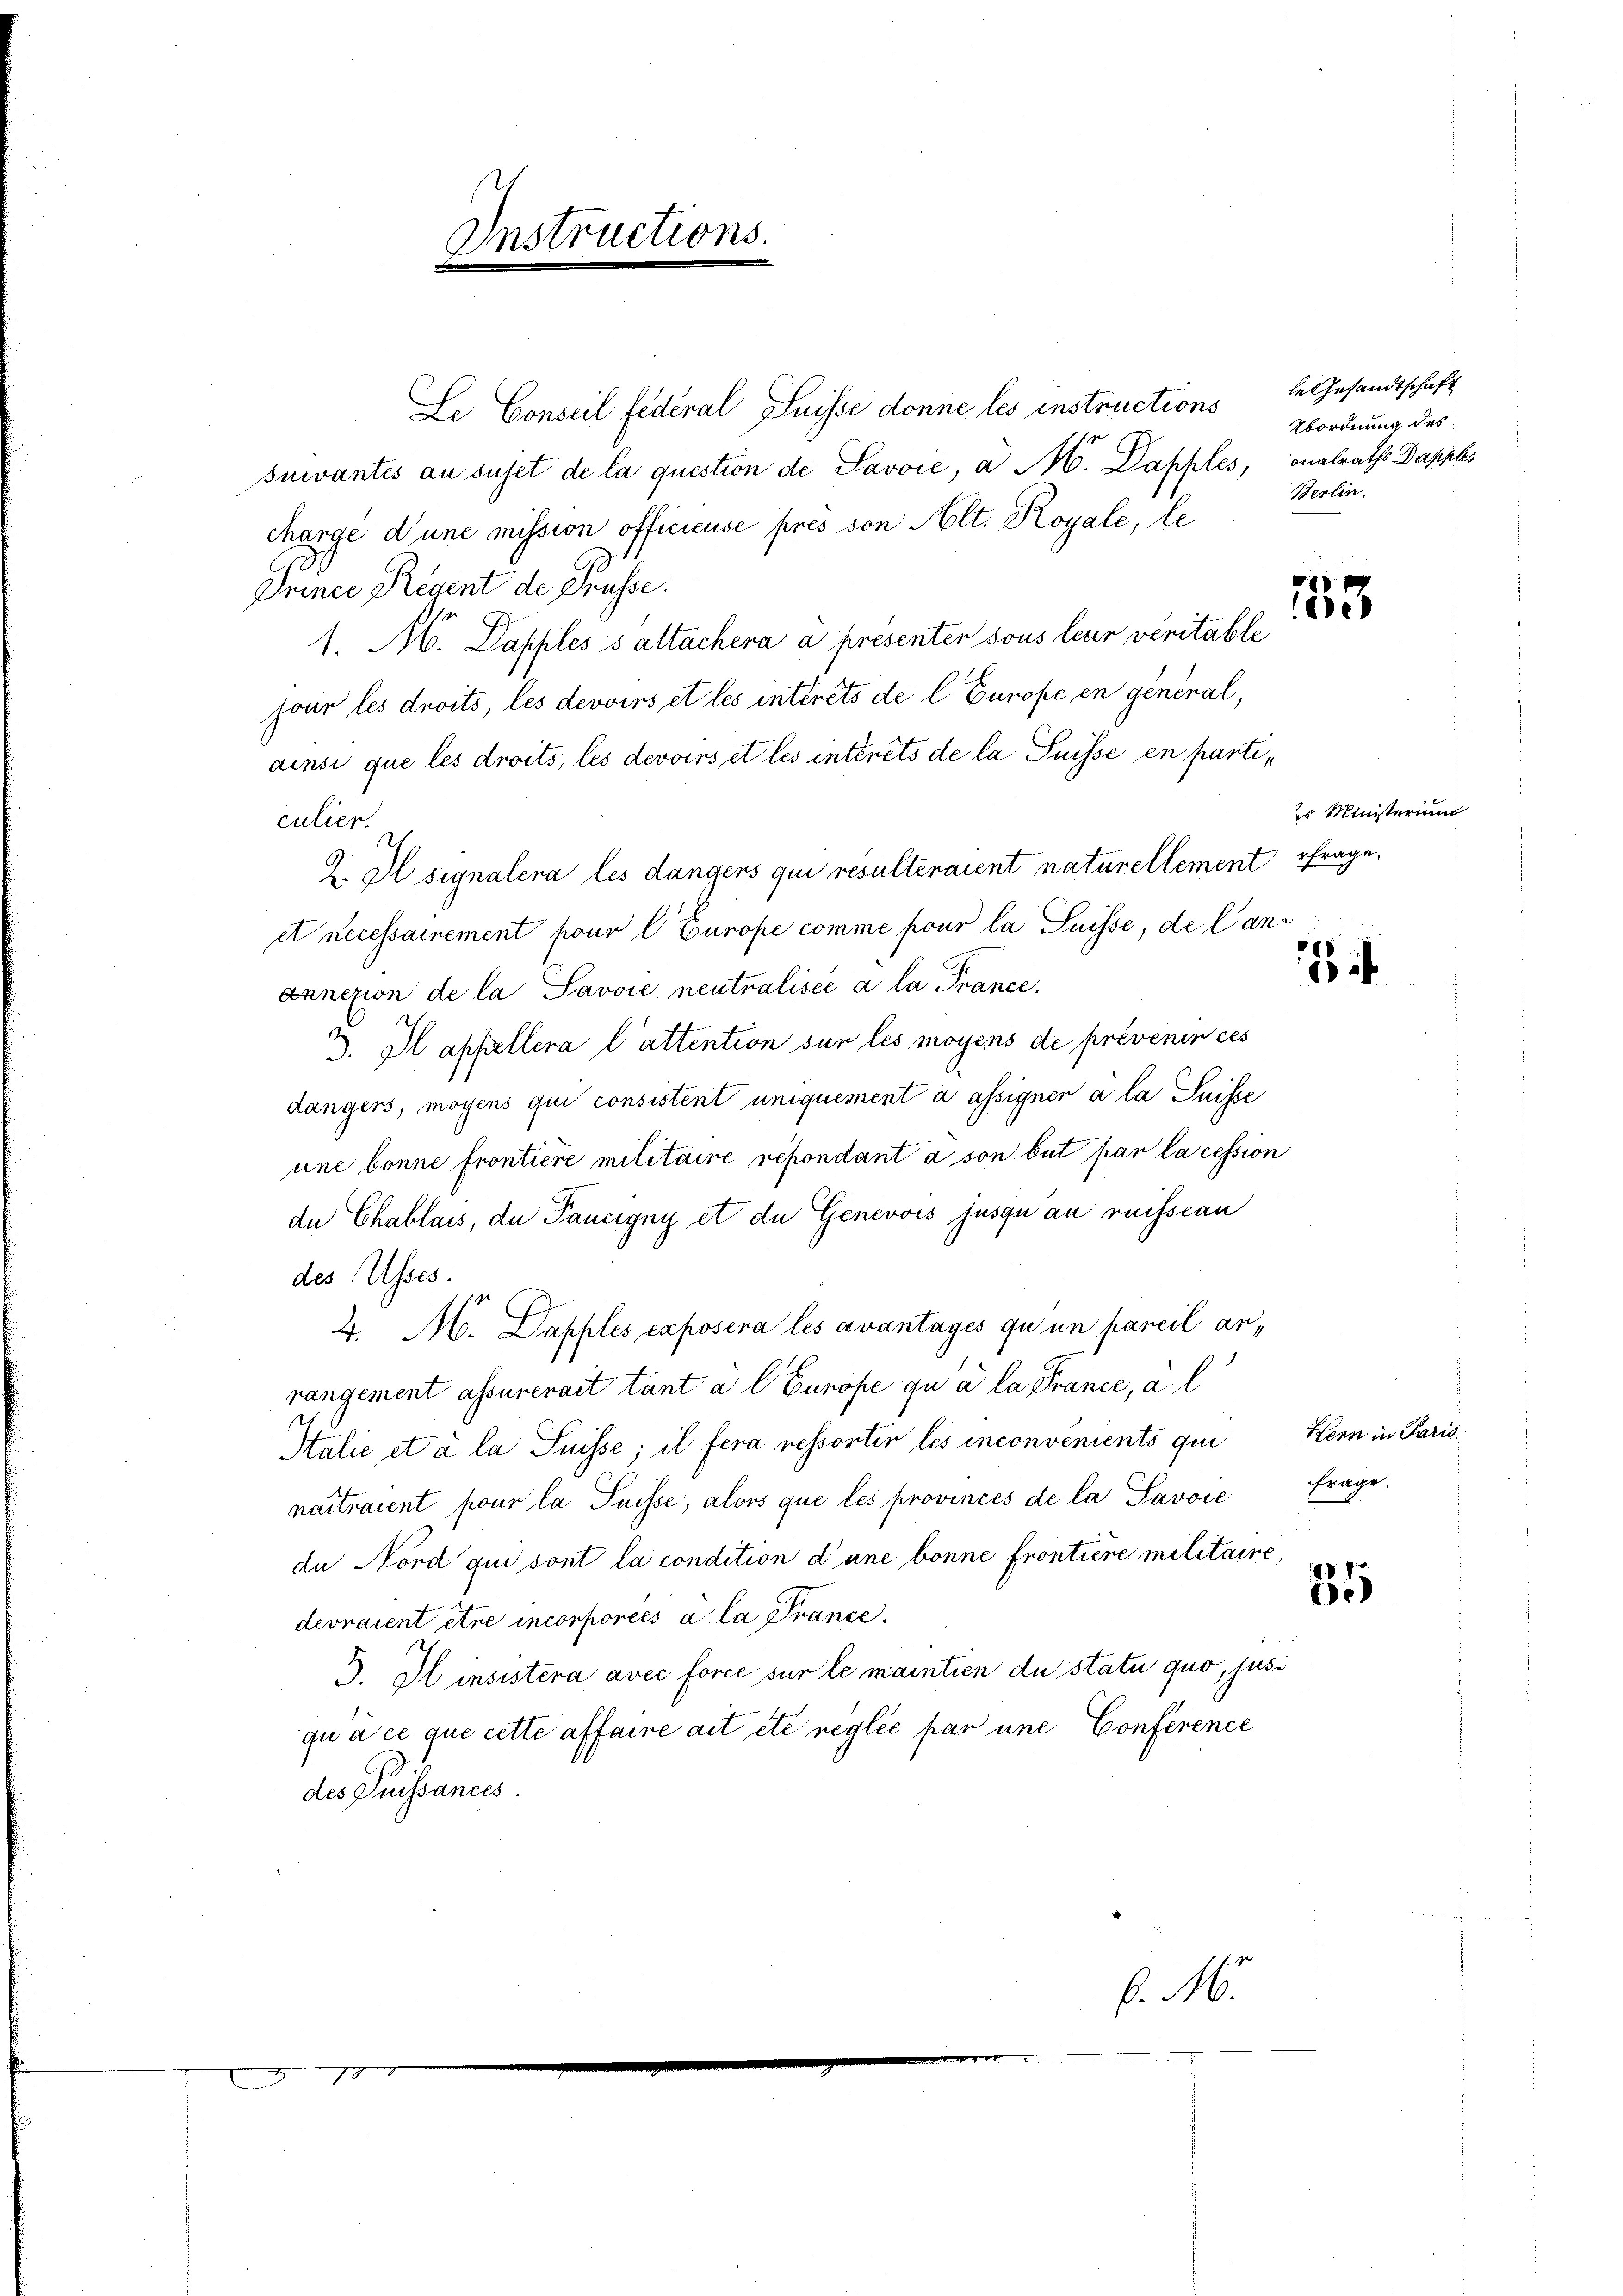
Le Conseil fédéral Suisse donne les instructions Gesandtschaft
suivantes an suset de la question de Savoić, a M. Dapples, onalraths Dapples
charge d’une mission officieuse pres von Alt. Royale, le
Driner Regent de Grüsse.
1. M. Papples s attachera a présenter sous leur veritable
jour les droits, les devoirs et les intérêts de l Europe en general,
ainsi que les droits, les devoirs et les intérêts de la Suisse en particulier.
Z. Il signalera les dangens qui resulteraient naturellement frage,
et necessamement pour l Europe comme pour la Suisse, de lancnnexion de la Savoie neutralisée à la France.
3. Il appellera l’attention sun les moyens de prévenir ces
dangers, moyens qui consistent uniquement à assigner a la Suisse
une bonne frontiere militaire répondant à son but par la cession
de Chablais, du Pancigny et de Genevois jusqu an reissean
des Asses.
2. M. Dapples exposera les avantages qu un pareil anrangement assunerait tant a l Europe qu à la France, a l
Halić et à la Puisse; il fera ressortir les inconvenients qui Kern in Paris
naitraient pour la Puisse, alors que les provincés de la Savoie
du Nord qui sont la condition d’une bonne frontiere militaire,
d
devraient être incorporees a la France.
3. Hinsistera avec force sur le maintien du statu quo, jus
qu à ce que cette affaire ait été réglée par une Conference
des Puissances.
C. M.

Instructions

Abordnung des
Berlin.

153

es Ministerium

Ffrage.

.